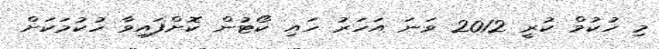
މި ހުކުމް ކުރީ 2012 ވަނަ އަހަރު ހައި ކޯޓުން ކޮށްފައިވާ ހުކުމަކަށް